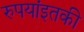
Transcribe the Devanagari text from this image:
रुपयांइतकी